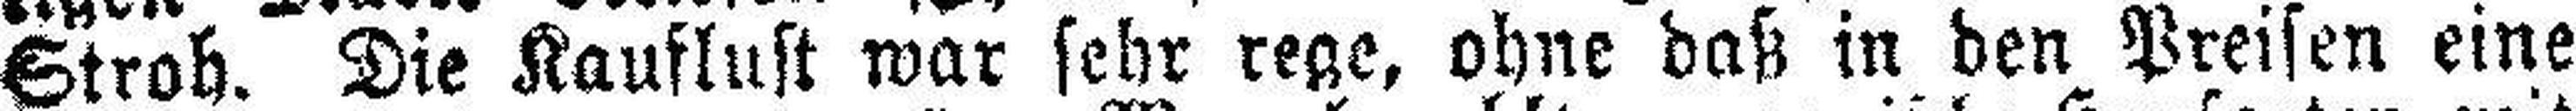
Stroh. Die Kauflust war sehr rege, ohne daß in den Preisen eine